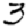
Digit: 3